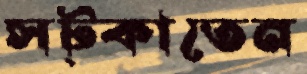
সট্‌কাতেন